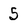
Character: 5